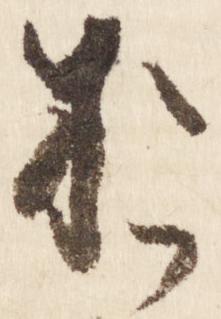
お